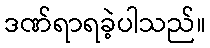
ဒဏ်ရာရခဲ့ပါသည်။